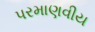
પરમાણવીય